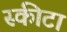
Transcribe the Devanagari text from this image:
स्कीटा